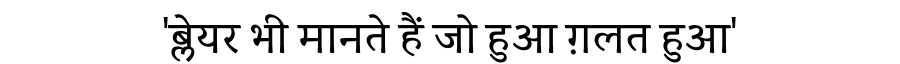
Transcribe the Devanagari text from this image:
'ब्लेयर भी मानते हैं जो हुआ ग़लत हुआ'